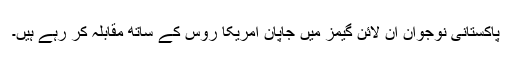
پاکستانی نوجوان آن لائن گیمز میں جاپان امریکا روس کے ساتھ مقابلہ کر رہے ہیں۔